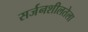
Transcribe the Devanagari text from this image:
सर्जनशीलतेला